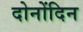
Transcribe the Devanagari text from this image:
दोनोंदिन